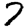
Digit: 7